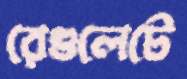
রেগুলেটে